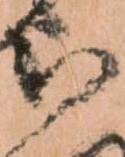
被